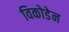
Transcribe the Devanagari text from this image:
विकोडेन